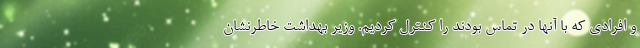
و افرادی که با آنها در تماس بودند را کنترل کردیم. وزیر بهداشت خاطرنشان